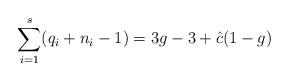
LaTeX: \begin{align*}\sum_{i=1}^{s} (q_i + n_i -1) = 3g-3 + {\hat c} (1-g)\end{align*}